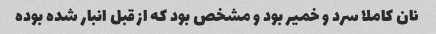
نان کاملا سرد و خمیر بود و مشخص بود که از قبل انبار شده بوده